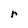
Character: r